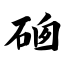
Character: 硇